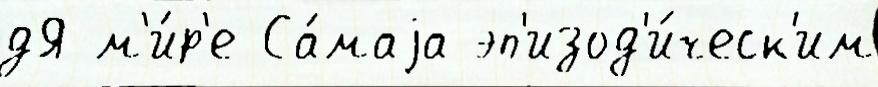
дЯ м'и́р'е Са́маjа эп'изод'и́ческ'им